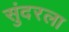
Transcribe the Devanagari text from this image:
सुंदरला